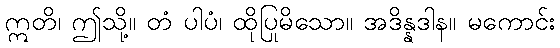
ဣတိ၊ ဤသို့။ တံ ပါပံ၊ ထိုပြုမိသော။ အဒိန္နဒါန။ မကောင်း